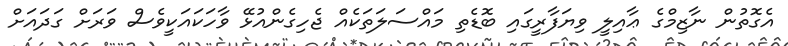
އެގޮތުން ނާޒިމްގެ ޢާއިލީ ވިޔަފާރީގައި ބޮޑެތި މައްސަލަތަކެއް ޖެހިގެންއުޅޭ ވާހަކައަކީވެސް ވަރަށް ގަދައަށް